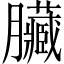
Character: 臟